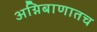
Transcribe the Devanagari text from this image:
अग्निबाणातच